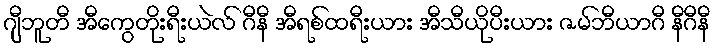
ဂျီဘူတီ အီကွေတိုးရီးယဲလ် ဂီနီ အီရစ်ထရီးယား အီသီယိုပီးယား ဇမ်ဘီယာဂီ နီဂီနီ